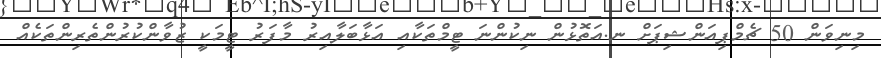
މިނިވަން 50 ޗެމްޕިއަންޝިޕަށް ނ.އަތޮޅުން ނިކުންނަ ޓީމްތަކާއި އަޅާބަލާއިރު މާފަރު ޓީމަކީ ޒުވާންކުރުންތެރިންތަކެއް